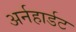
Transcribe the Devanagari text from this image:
अर्नहार्डट